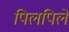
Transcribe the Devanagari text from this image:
पिलपिले